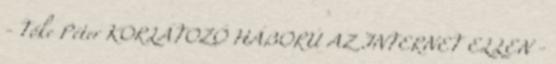
- Tőke Péter KORLÁTOZÓ HÁBORÚ AZ INTERNET ELLEN -